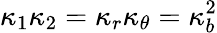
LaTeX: \kappa_{1}\kappa_{2}=\kappa_{r}\kappa_{\theta}=\kappa_{b}^{2}